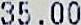
35.00